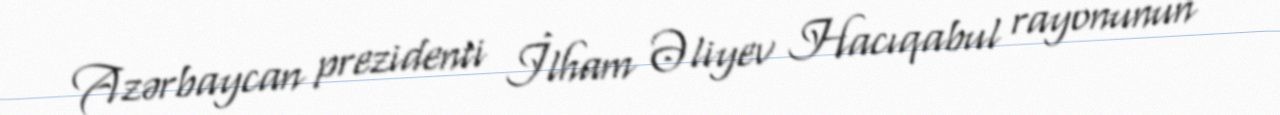
Azərbaycan prezidenti İlham Əliyev Hacıqabul rayonunun